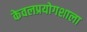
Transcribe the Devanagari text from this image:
केवलप्रयोगशाला